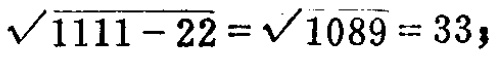
$\sqrt{1111 - 22}=\sqrt{1089}=33;$